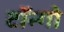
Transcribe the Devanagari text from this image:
टॉन्गो